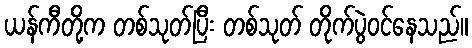
ယန်ကီတို့က တစ်သုတ်ပြီး တစ်သုတ် တိုက်ပွဲဝင်နေသည်။